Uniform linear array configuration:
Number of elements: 64
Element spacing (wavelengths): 0.75
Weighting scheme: kaiser
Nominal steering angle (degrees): -15
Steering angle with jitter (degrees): -14.211
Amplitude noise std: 0.05
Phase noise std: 0.05

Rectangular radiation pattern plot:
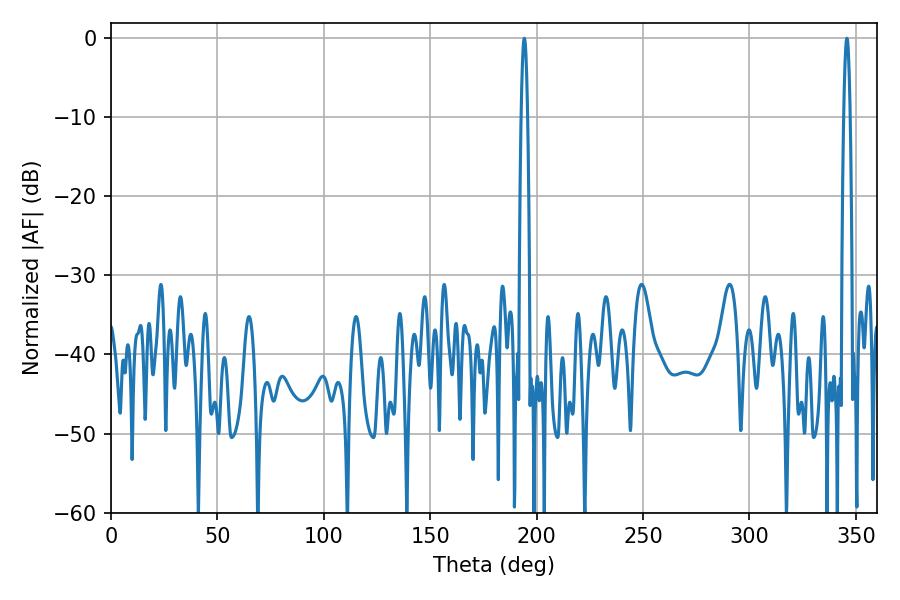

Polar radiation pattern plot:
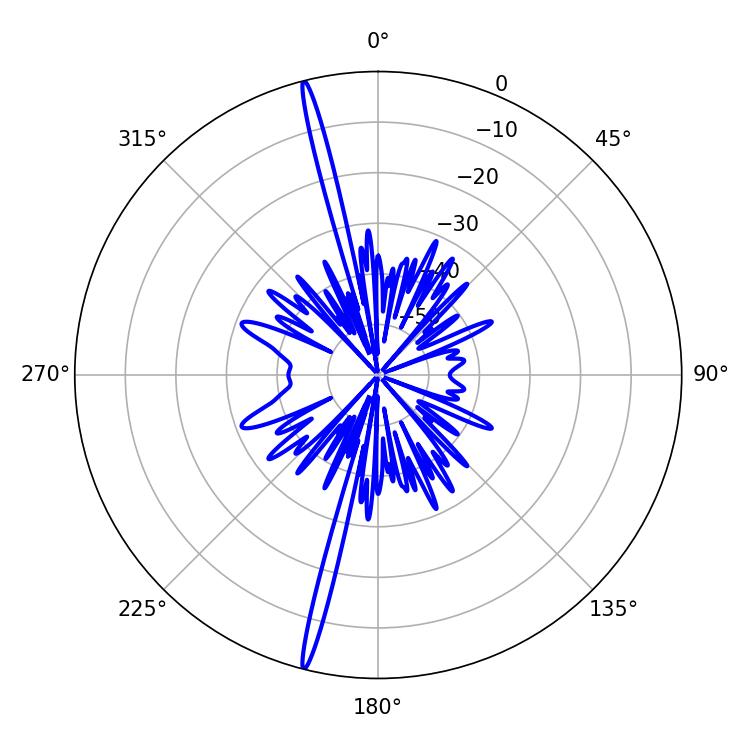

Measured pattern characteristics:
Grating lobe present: TRUE
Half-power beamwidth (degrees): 1.44
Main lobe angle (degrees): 194.22